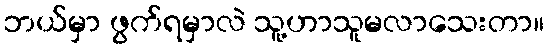
ဘယ်မှာ ဖွက်ရမှာလဲ သူ့ဟာသူမလာသေးတာ။